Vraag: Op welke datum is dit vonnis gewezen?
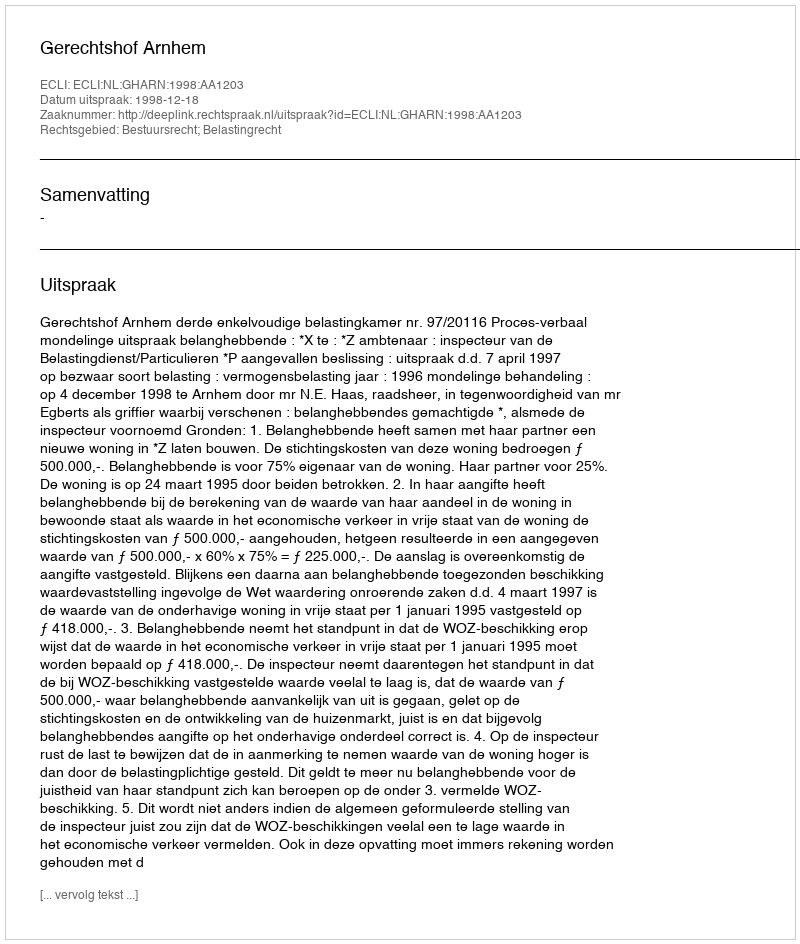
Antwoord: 1998-12-18